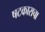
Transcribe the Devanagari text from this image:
षटकाराचा